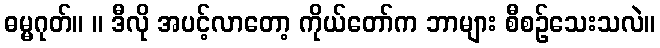
ဓမ္မဂုတ်။ ။ ဒီလို အပင့်လာတော့ ကိုယ်တော်က ဘာများ စီစဉ်သေးသလဲ။